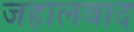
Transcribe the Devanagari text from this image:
जहालवाद